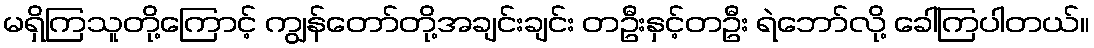
မရှိကြသူတို့ကြောင့် ကျွန်တော်တို့အချင်းချင်း တဦးနှင့်တဦး ရဲဘော်လို့ ခေါ်ကြပါတယ်။